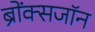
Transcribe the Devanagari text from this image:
ब्रोंक्सजॉन